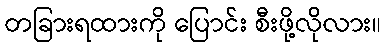
တခြားရထားကို ပြောင်း စီးဖို့လိုလား။